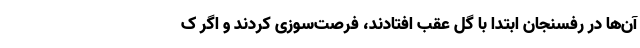
آن‌ها در رفسنجان ابتدا با گل عقب افتادند، فرصت‌سوزی کردند و اگر ک